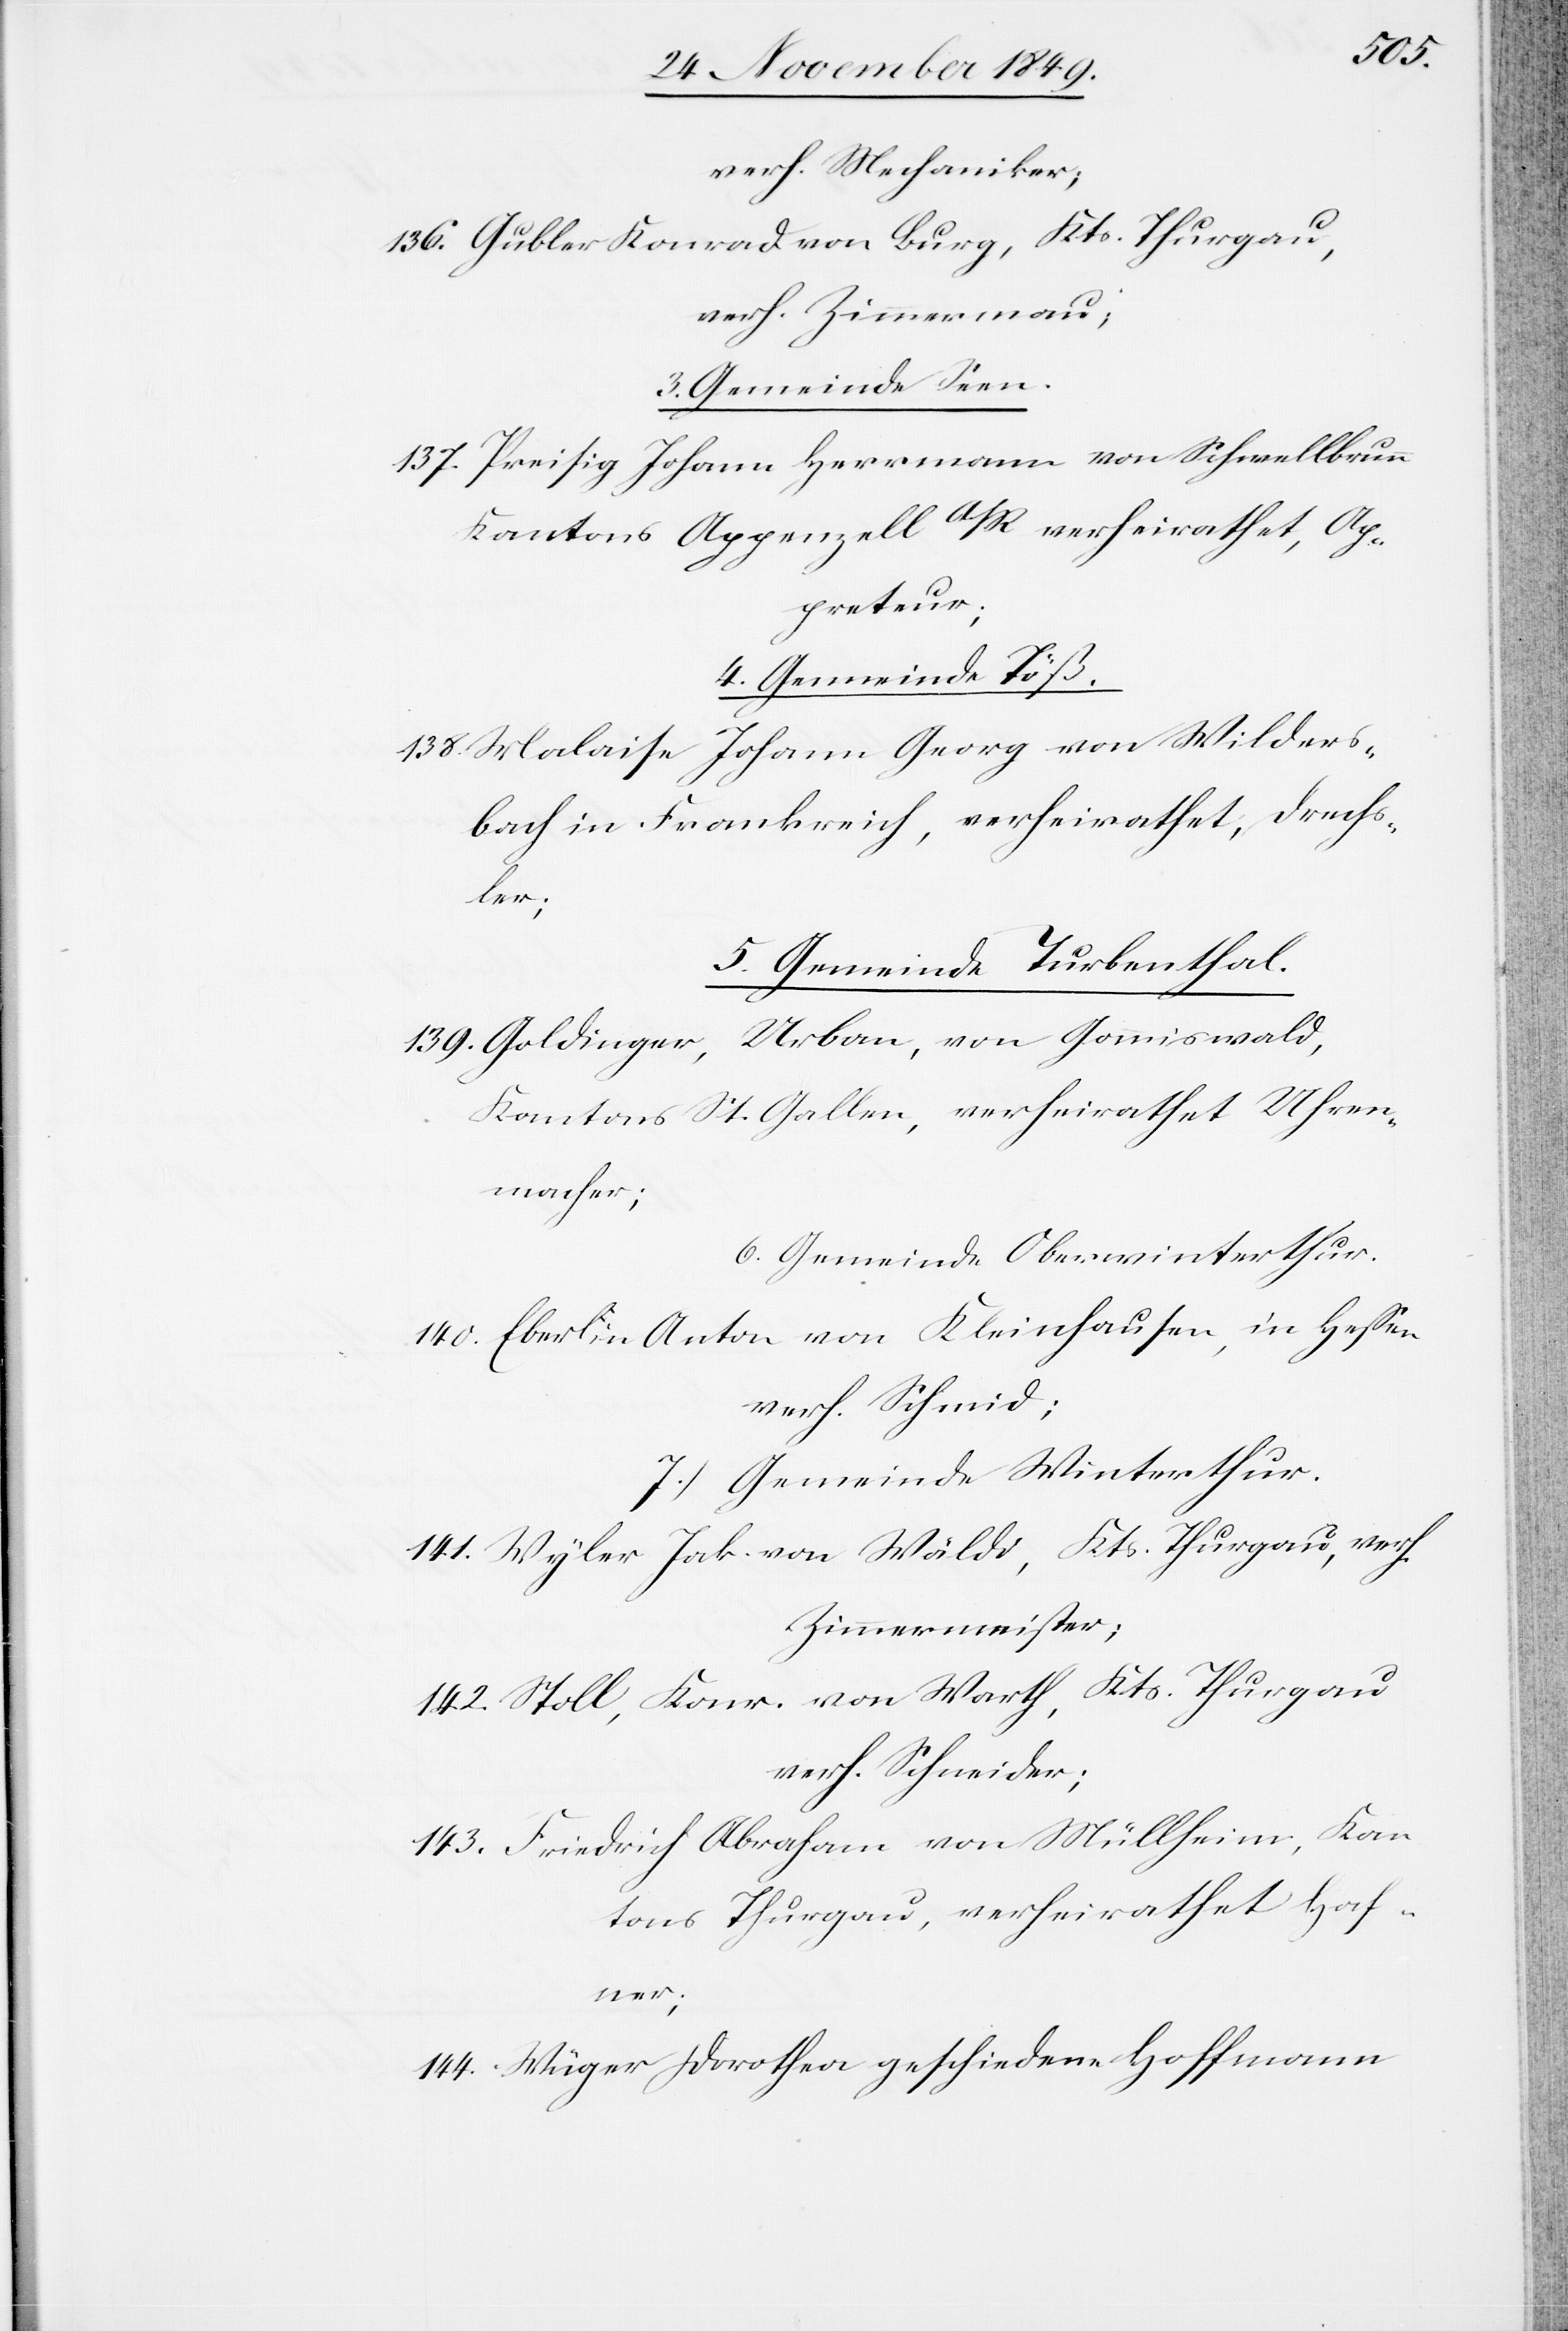
verh. Mechaniker;
136. Gubler Konrad von Burg, Kts. Thurgau,
verh. Zimmermann;
3. Gemeinde Seen.
137. Preisig Johann Herrmann von Schwellbrunn
Kantons Appenzell A/R. verheirathet, Ap¬
preteur;
4. Gemeinde Töß.
138. Malaise Johann Georg von Wilders¬
bach in Frankreich, verheirathet, Drechs¬
ler;
5. Gemeinde Turbenthal.
139. Goldinger, Urban, von Gommiswald,
Kantons St. Gallen, verheirathet Uhren¬
macher;
6. Gemeinde Oberwinterthur.
140. Eberlin Anton von Kleinhausen, in Heßen
verh. Schmid;
7.) Gemeinde Winterthur.
141. Wyler Jak. von Wäldi, Kts. Thurgau, verh.
Zimmermeister;
142. Stoll, Konr. von Warth, Kts. Thurgau
verh. Schneider;
143. Friedrich Abraham von Müllheim, Kan¬
tons Thurgau, verheirathet Haf¬
ner;
144. Wüger Dorothea geschiedene Hoffmann